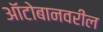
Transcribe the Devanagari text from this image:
ऑटोबानवरील